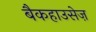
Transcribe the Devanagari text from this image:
बैकहाउसेज़